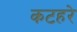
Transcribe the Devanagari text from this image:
कटहरे